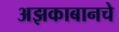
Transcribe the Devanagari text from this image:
अझकाबानचे